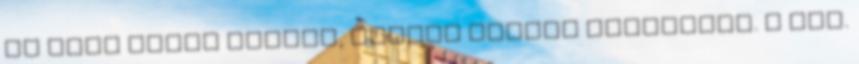
és Pisa híres helyek, régóta lakott területek. A XIV.